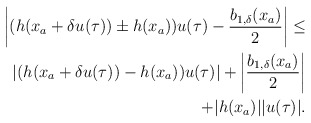
\begin{align*}\begin{aligned}\left|(h(x_a+\delta u(\tau))\pm h(x_a))u(\tau)-\dfrac{b_{1,\delta}(x_a)}{2}\right| \le\\\left|(h(x_a+\delta u(\tau))- h(x_a))u(\tau)\right|+\left|\dfrac{b_{1,\delta}(x_a)}{2}\right|\\+|h(x_a)||u(\tau)|.\end{aligned}\end{align*}